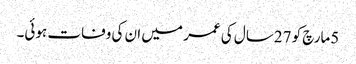
5مارچ کو 27سال کی عمر میں ان کی وفات ہوئی۔